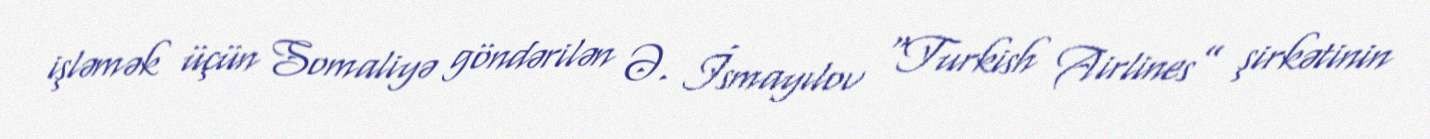
işləmək üçün Somaliyə göndərilən Ə. İsmayılov “Turkish Airlines” şirkətinin